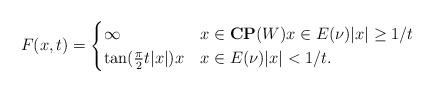
LaTeX: \begin{align*}F(x,t) = \begin{cases}\infty & x \in \mathbf{CP}(W) x \in E(\nu) |x| \geq 1/t \\\tan(\frac{\pi}{2}t |x|) x & x \in E(\nu) |x| < 1/t.\end{cases} \end{align*}